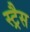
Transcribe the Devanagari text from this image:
स्ट्रैस